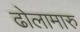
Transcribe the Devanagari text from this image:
ढोलामारु